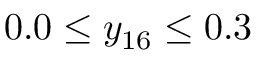
0 . 0 \leq y _ { 1 6 } \leq 0 . 3